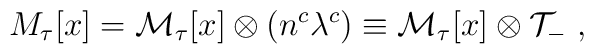
M_{\tau}[x] = {\cal M}_{\tau}[x]\otimes(n^c \lambda^c)  \equiv {\cal M}_{\tau}[x]\otimes{\cal T}_- \ ,